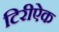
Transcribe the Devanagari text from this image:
टिरीऐक